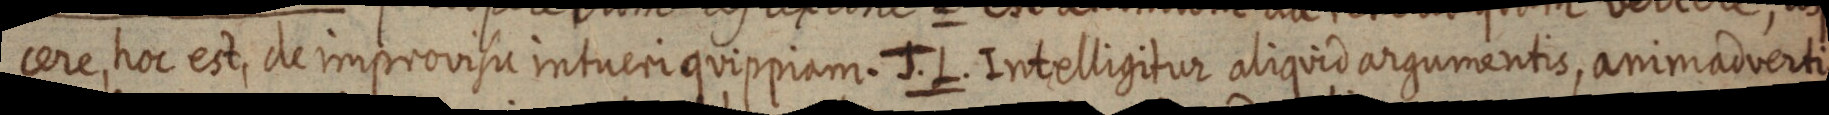
cere, hoc est, de improvisu intueri quippiam. J. L. Intelligitur aliquid argumentis, animadverti